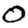
Digit: 0